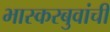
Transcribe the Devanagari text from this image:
भास्करबुवांची